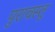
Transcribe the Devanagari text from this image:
पुरावस्तू